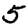
Digit: 5